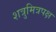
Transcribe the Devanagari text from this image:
शत्रुमित्रपक्ष